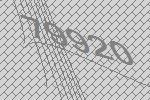
79920